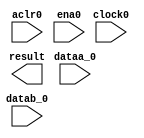
//Copyright (C) 1991-2002 Altera Corporation
//Any  megafunction  design,  and related netlist (encrypted  or  decrypted),
//support information,  device programming or simulation file,  and any other
//associated  documentation or information  provided by  Altera  or a partner
//under  Altera's   Megafunction   Partnership   Program  may  be  used  only
//to program  PLD  devices (but not masked  PLD  devices) from  Altera.   Any
//other  use  of such  megafunction  design,  netlist,  support  information,
//device programming or simulation file,  or any other  related documentation
//or information  is prohibited  for  any  other purpose,  including, but not
//limited to  modification,  reverse engineering,  de-compiling, or use  with
//any other  silicon devices,  unless such use is  explicitly  licensed under
//a separate agreement with  Altera  or a megafunction partner.  Title to the
//intellectual property,  including patents,  copyrights,  trademarks,  trade
//secrets,  or maskworks,  embodied in any such megafunction design, netlist,
//support  information,  device programming or simulation file,  or any other
//related documentation or information provided by  Altera  or a megafunction
//partner, remains with Altera, the megafunction partner, or their respective
//licensors. No other licenses, including any licenses needed under any third
//party's intellectual property, are provided herein.

module one_mult (
	aclr0,
	clock0,
	dataa_0,
	datab_0,
	ena0,
	result);

	input	  aclr0;
	input	  clock0;
	input	[8:0]  dataa_0;
	input	[8:0]  datab_0;
	input	  ena0;
	output	[17:0]  result;

endmodule